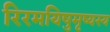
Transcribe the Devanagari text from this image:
रिरमयिषुमृष्यस्य